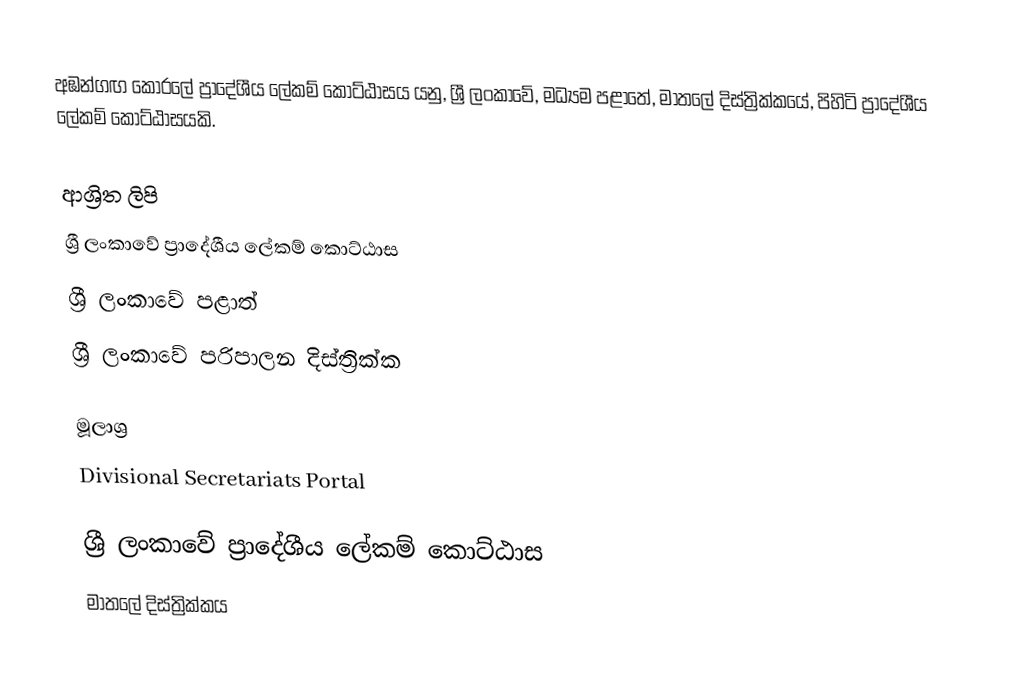
අඹන්ගඟ කෝරලේ ප්‍රාදේශීය ලේකම් කොට්ඨාසය යනු,  ශ්‍රී ලංකාවේ, මධ්‍යම පළාතේ,   මාතලේ දිස්ත්‍රික්කයේ, පිහිටි ප්‍රාදේශීය ලේකම් කොට්ඨාසයකි.

ආශ්‍රිත ලිපි
ශ්‍රී ලංකාවේ ප්‍රාදේශීය ලේකම් කොට්ඨාස
ශ්‍රී ලංකාවේ පළාත්
ශ්‍රී ලංකාවේ පරිපාලන දිස්ත්‍රික්ක

මූලාශ්‍ර
 Divisional Secretariats Portal

ශ්‍රී ලංකාවේ ප්‍රාදේශීය ලේකම් කොට්ඨාස
මාතලේ දිස්ත්‍රික්කය